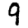
Digit: 9